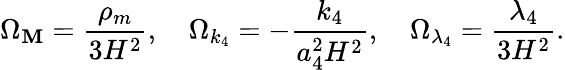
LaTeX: \Omega_{\mathbf{M}}=\frac{{\rho_{m}}}{{3H^{2}}},\quad\Omega_{k_{4}}=-\frac{{k_{4}}}{{a_{4}^{2}H^{2}}},\quad\Omega_{\lambda_{4}}=\frac{{\lambda_{4}}}{{3H^{2}}}.